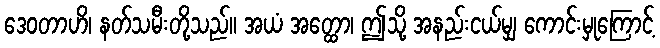
ဒေဝတာဟိ၊ နတ်သမီးတို့သည်။ အယံ အတ္ထော၊ ဤသို့ အနည်းငယ်မျှ ကောင်းမှုကြောင့်